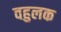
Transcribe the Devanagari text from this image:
वहुलक